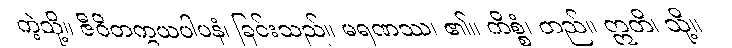
ကဲ့သို့။ ဇီဝိတက္ခယပါပနံ၊ ခြင်းသည်။ မရဏဿ၊ ၏။ ကိစ္စံ၊ တည်။ ဣတိ၊ သို့။